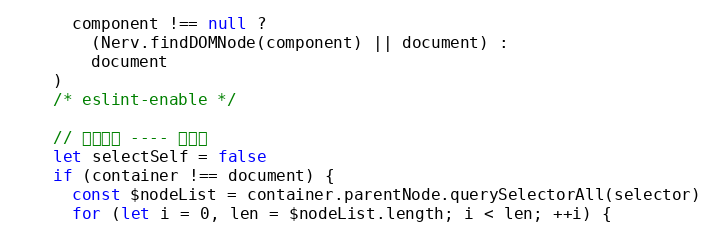
Language: JavaScript
      component !== null ?
        (Nerv.findDOMNode(component) || document) :
        document
    )
    /* eslint-enable */

    // 特殊处理 ---- 选自己
    let selectSelf = false
    if (container !== document) {
      const $nodeList = container.parentNode.querySelectorAll(selector)
      for (let i = 0, len = $nodeList.length; i < len; ++i) {